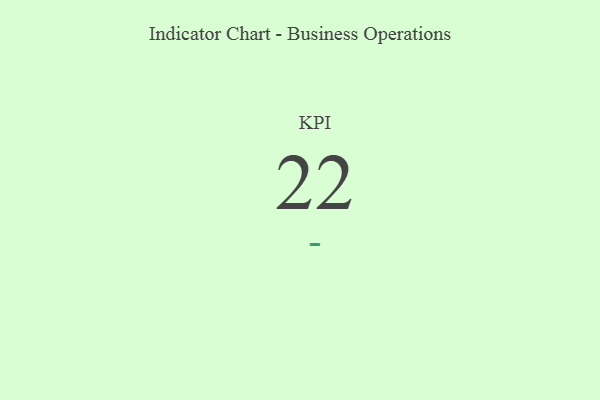
{"axis": {"x": "KPI", "y": "Value"}, "legend": [""], "data": [{"x": "KPI", "y": 22, "type": ""}]}